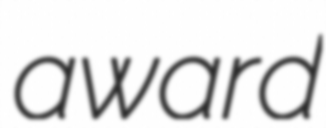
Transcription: award